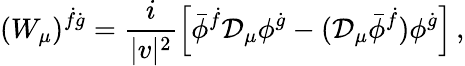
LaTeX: (W_{\mu})^{\dot{f}\dot{g}}=\frac{i}{|v|^{2}}\left[\bar{\phi}^{\dot{f}}{\cal D}_{\mu}\phi^{\dot{g}}-({\cal D}_{\mu}\bar{\phi}^{\dot{f}})\phi^{\dot{g}}\right]\, ,